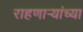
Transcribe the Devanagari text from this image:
राहणार्‍यांच्या